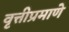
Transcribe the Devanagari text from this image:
वृत्तीप्रमाणे